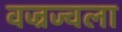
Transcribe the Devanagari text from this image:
वज्रज्वला